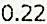
0.22